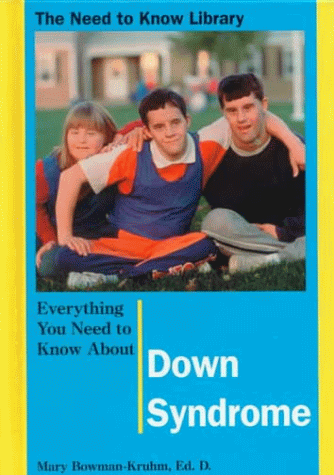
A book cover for Everything You Need to Know About Down Syndrome (Need to Know Library); Mary Bowman-Kruhm; Teen & Young Adult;